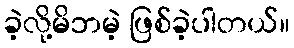
ခဲ့လို့မိဘမဲ့ ဖြစ်ခဲ့ပါတယ်။